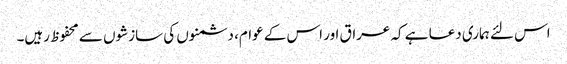
اس لئے ہماری دعا ہے کہ عراق اور اس کے عوام، دشمنوں کی سازشوں سے محفوظ رہیں۔